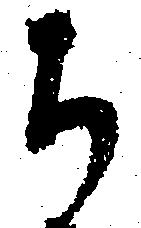
ち